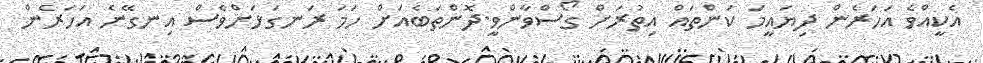
އެކީއްވެ އަހަރެން ދިޔައީމަ ކަންތައް އިތުރަށް ގޯސްވާންވީ.ދޮންތަބެއަށް ހަމަ ރަނގަޅަށްވެސް އިނގޭނެ އަހަރެން